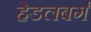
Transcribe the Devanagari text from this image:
हेडलबर्ग